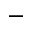
-